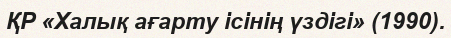
ҚР «Халық ағарту ісінің үздігі» (1990).